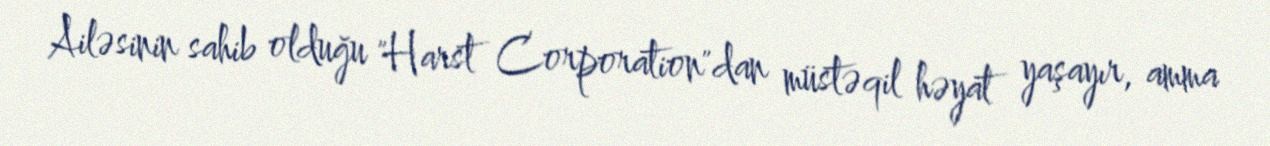
Ailəsinin sahib olduğu "Harst Corporation"dan müstəqil həyat yaşayır, amma